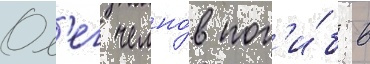
Ол'ег челно́в пог'и́б в